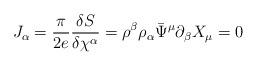
LaTeX: \begin{align*}J_{\alpha}= \frac{\pi}{2e}\frac{\delta S}{\delta \chi^{\alpha}}=\rho^{\beta}\rho_{\alpha}\bar{\Psi}^{\mu}\partial_{\beta}X_{\mu}=0\end{align*}